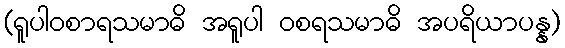
(ရူပါဝစာရသမာဓိ အရူပါ ဝစရသမာဓိ အပရိယာပန္န)